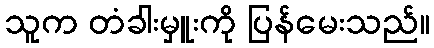
သူက တံခါးမှူးကို ပြန်မေးသည်။